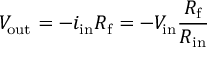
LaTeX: V _ { \mathrm { o u t } } = - i _ { \mathrm { i n } } R _ { \mathrm { f } } = - V _ { \mathrm { i n } } { \frac { R _ { \mathrm { f } } } { R _ { \mathrm { i n } } } }